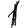
Digit: 1